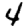
Digit: 4